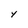
Character: Y